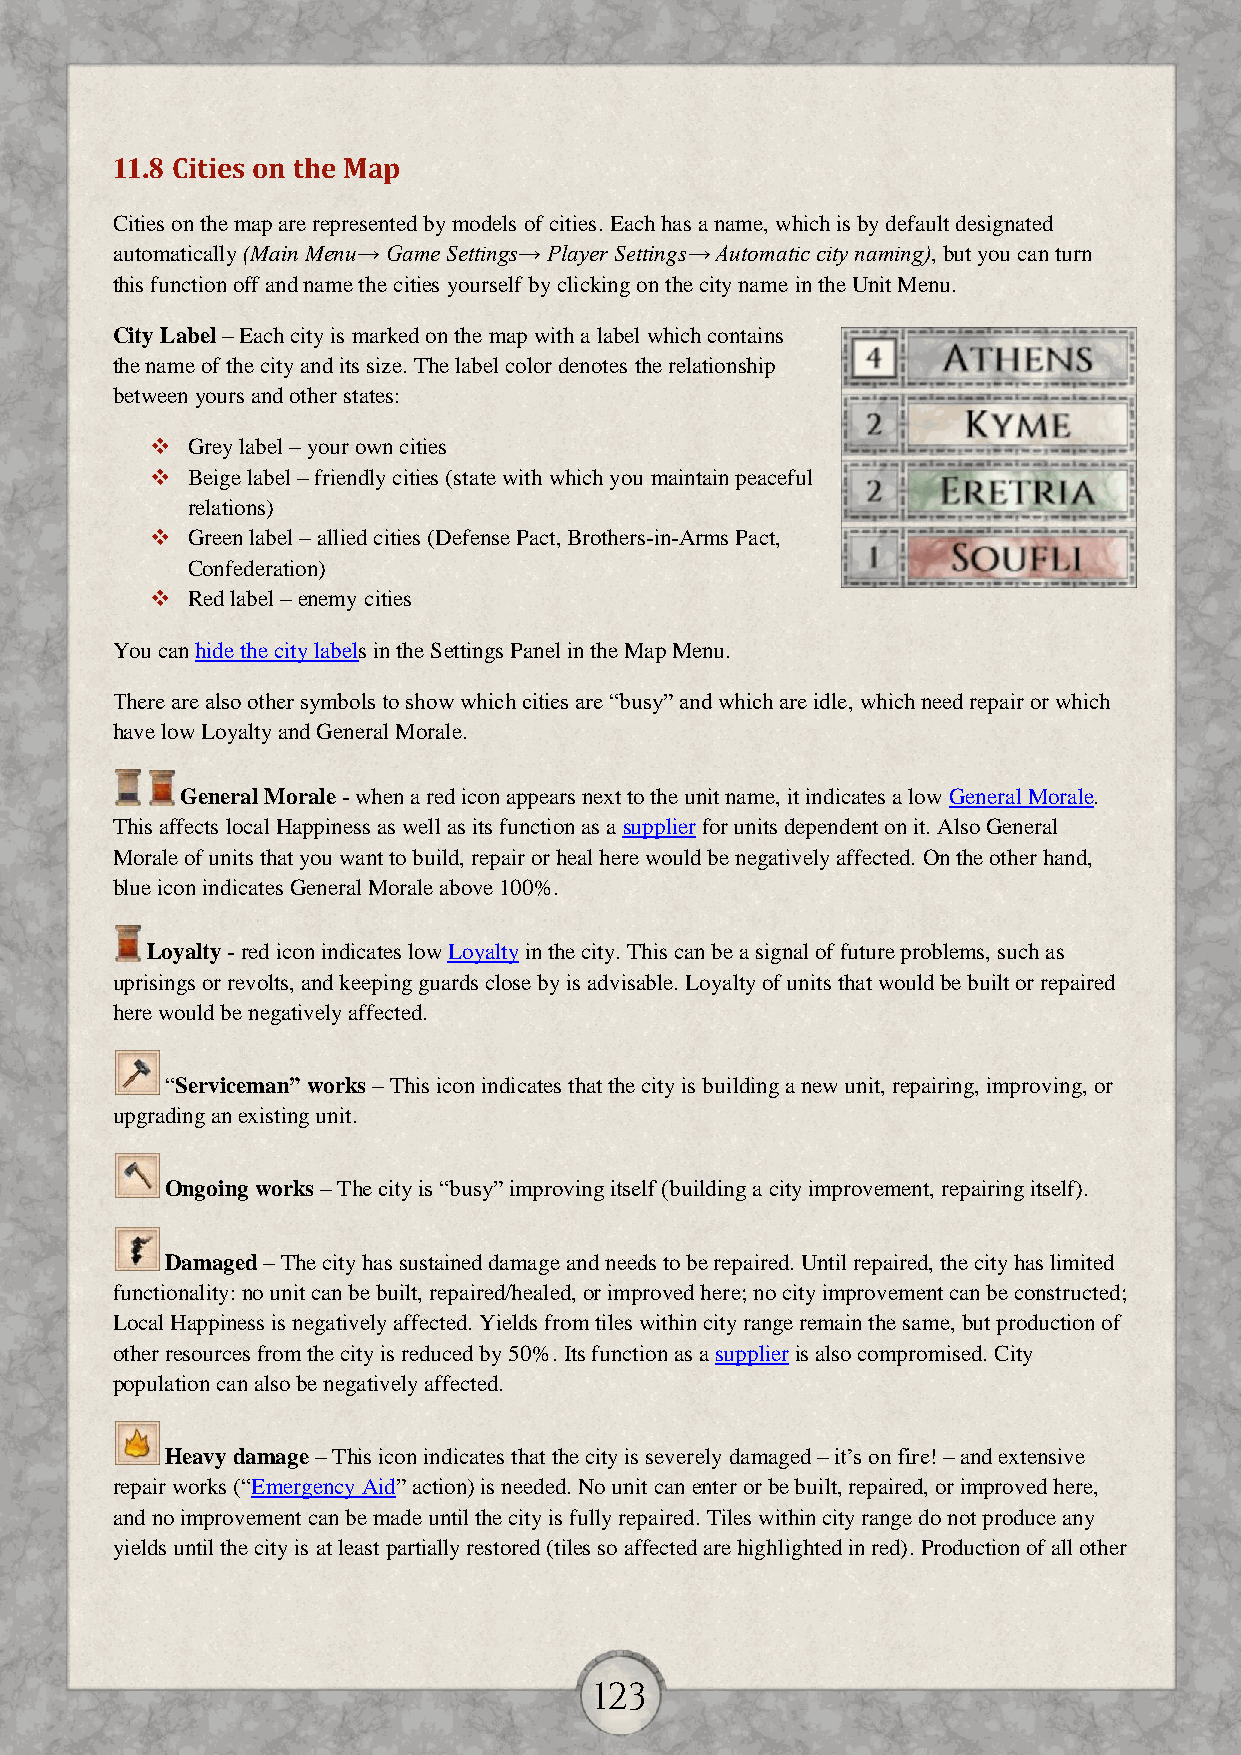
11.8 Cities on the Map
 Cities on the map are represented by models of cities. Each has a name, which is by default designated
 automatically (Main Menu→ Game Settings→ Player Settings→ Automatic city naming), but you can turn
 this function off and name the cities yourself by clicking on the city name in the Unit Menu.
 City Label – Each city is marked on the map with a label which contains
 the name of the city and its size. The label color denotes the relationship
 between yours and other states:
  Grey label – your own cities
  Beige label – friendly cities (state with which you maintain peaceful
 relations)
  Green label – allied cities (Defense Pact, Brothers-in-Arms Pact,
 Confederation)
  Red label – enemy cities
 You can hide the city labels in the Settings Panel in the Map Menu.
 There are also other symbols to show which cities are “busy” and which are idle, which need repair or which
 have low Loyalty and General Morale.
 General Morale - when a red icon appears next to the unit name, it indicates a low General Morale.
 This affects local Happiness as well as its function as a supplier for units dependent on it. Also General
 Morale of units that you want to build, repair or heal here would be negatively affected. On the other hand,
 blue icon indicates General Morale above 100%.
 Loyalty - red icon indicates low Loyalty in the city. This can be a signal of future problems, such as
 uprisings or revolts, and keeping guards close by is advisable. Loyalty of units that would be built or repaired
 here would be negatively affected.
 “Serviceman” works – This icon indicates that the city is building a new unit, repairing, improving, or
 upgrading an existing unit.
 Ongoing works – The city is “busy” improving itself (building a city improvement, repairing itself).
 Damaged – The city has sustained damage and needs to be repaired. Until repaired, the city has limited
 functionality: no unit can be built, repaired/healed, or improved here; no city improvement can be constructed;
 Local Happiness is negatively affected. Yields from tiles within city range remain the same, but production of
 other resources from the city is reduced by 50%. Its function as a supplier is also compromised. City
 population can also be negatively affected.
 Heavy damage – This icon indicates that the city is severely damaged – it’s on fire! – and extensive
 repair works (“Emergency Aid” action) is needed. No unit can enter or be built, repaired, or improved here,
 and no improvement can be made until the city is fully repaired. Tiles within city range do not produce any
 yields until the city is at least partially restored (tiles so affected are highlighted in red). Production of all other
 123